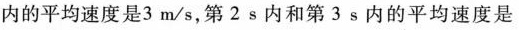
内的平均速度是3m/s，第2s内和第3s内的平均速度是